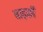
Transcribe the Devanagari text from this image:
बाढ़की